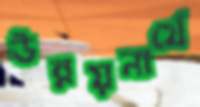
উন্নয়নার্থে